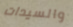
والسيدات